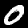
Label: 0